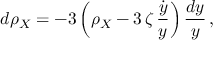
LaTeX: d \rho _ { X } = - 3 \left( \rho _ { X } - 3 \, \zeta \, \frac { \dot { y } } { y } \right) \frac { d y } { y } \, ,